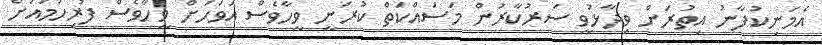
އެމަނިކުފާނު އިތުރަށް ވިދާޅުވީ ސަރުކާރުން މަސައްކަތް ކުރަނީ ވީހާވެސް އަވަހަށް ވީހާވެސް ފުރިހަމައަށް